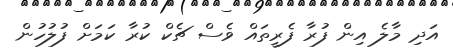
އަދި މާލެ އިން ފުރާ ފެރީތައް ވެސް ޗެކް ކުރާ ކަމަށް ފުލުހުން